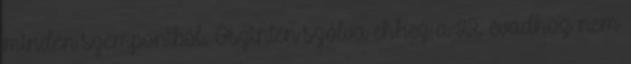
minden szempontból. Őszintén szólva ehhez a 22. évadhoz nem